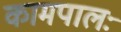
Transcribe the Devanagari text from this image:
कामपालः